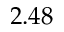
2 . 4 8